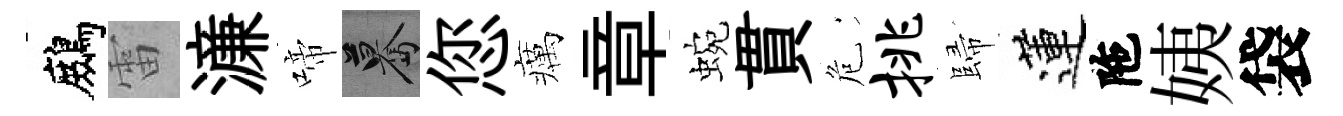
鷓雷濓啼驀您癘章蜿貫危挑歸蓮陁姨袋